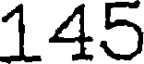
145